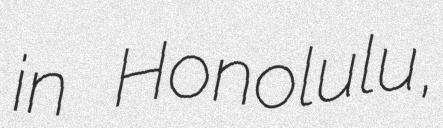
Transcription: in Honolulu,